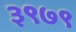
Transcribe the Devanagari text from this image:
३९७९